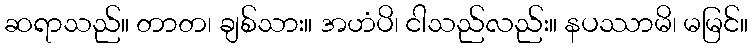
ဆရာသည်။ တာတ၊ ချစ်သား။ အဟံပိ၊ ငါသည်လည်း။ နပဿာမိ၊ မမြင်။